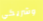
وشريكي